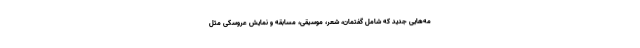
مه‌هایی جدید که شامل گفتمان، شعر، موسیقی، مسابقه و نمایش عروسکی مثل